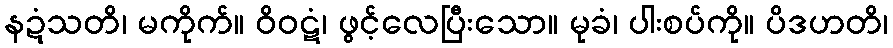
နဍံသတိ၊ မကိုက်။ ဝိဝဋံ၊ ဖွင့်လေပြီးသော။ မုခံ၊ ပါးစပ်ကို။ ပိဒဟတိ၊